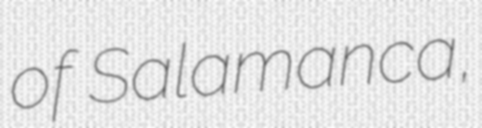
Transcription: of Salamanca,